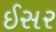
ઈસર